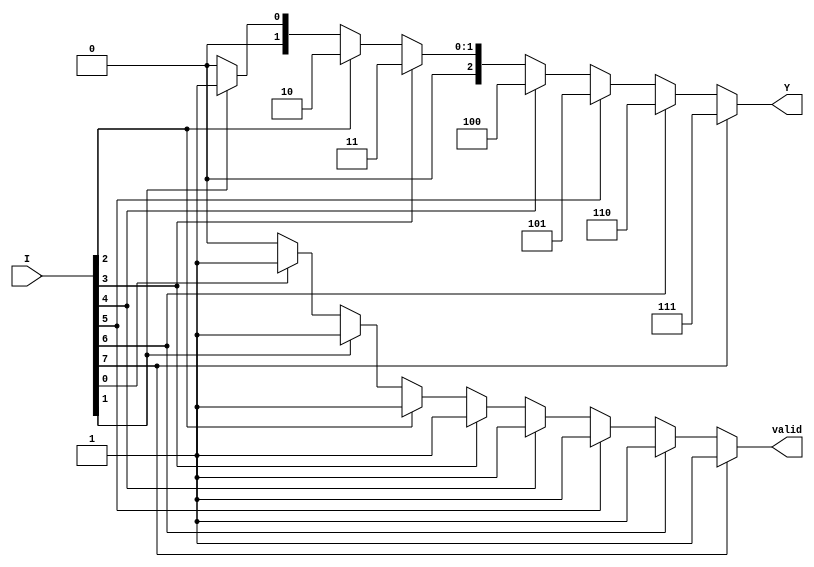
module encoder_8_to_3 (
    input wire [7:0] I, // 8 input lines
    output reg [2:0] Y, // 3 output lines
    output reg valid    // Output valid signal (1 if valid output, 0 if no input is active)
);

always @(*) begin
    // Default values
    Y = 3'b000; // Default output for no active inputs
    valid = 1'b0; // Default valid signal

    // Priority encoding based on the highest active input
    if (I[7]) begin
        Y = 3'b111; // I7 is active
        valid = 1'b1;
    end else if (I[6]) begin
        Y = 3'b110; // I6 is active
        valid = 1'b1;
    end else if (I[5]) begin
        Y = 3'b101; // I5 is active
        valid = 1'b1;
    end else if (I[4]) begin
        Y = 3'b100; // I4 is active
        valid = 1'b1;
    end else if (I[3]) begin
        Y = 3'b011; // I3 is active
        valid = 1'b1;
    end else if (I[2]) begin
        Y = 3'b010; // I2 is active
        valid = 1'b1;
    end else if (I[1]) begin
        Y = 3'b001; // I1 is active
        valid = 1'b1;
    end else if (I[0]) begin
        Y = 3'b000; // I0 is active
        valid = 1'b1; // Adjust according to the desired output for I0
    end
end

endmodule